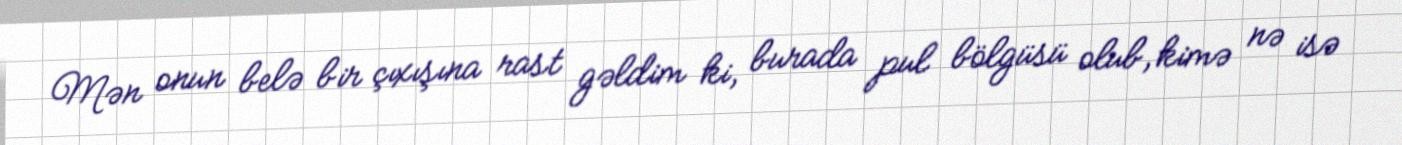
Mən onun belə bir çıxışına rast gəldim ki, burada pul bölgüsü olub, kimə nə isə